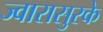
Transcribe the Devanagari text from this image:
ज्वारासुरके